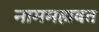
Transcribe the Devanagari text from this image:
नाममहाबत